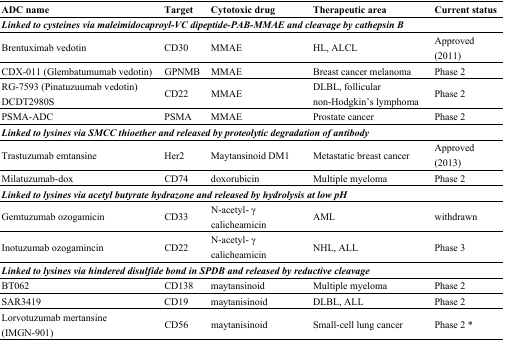
| ADC name | Target | Cytotoxic drug | Therapeutic area | Current status |
 | --- | --- | --- | --- | --- |
 | <COLSPAN=5> Linked to cysteines via maleimidocaproyl-VC dipeptide-PAB-MMAE and cleavage by cathepsin B |
 | Brentuximab vedotin | CD30 | MMAE | HL, ALCL | Approved (2011) |
 | CDX-011 (Glembatumumab vedotin) | GPNMB | MMAE | Breast cancer melanoma | Phase 2 |
 | RG-7593 (Pinatuzuumab vedotin) DCDT2980S | CD22 | MMAE | DLBL, follicular non-Hodgkin’s lymphoma | Phase 2 |
 | PSMA-ADC | PSMA | MMAE | Prostate cancer | Phase 2 |
 | <COLSPAN=5> Linked to lysines via SMCC thioether and released by proteolytic degradation of antibody |
 | Trastuzumab emtansine | Her2 | Maytansinoid DM1 | Metastatic breast cancer | Approved (2013) |
 | Milatuzumab-dox | CD74 | doxorubicin | Multiple myeloma | Phase 2 |
 | <COLSPAN=5> Linked to lysines via acetyl butyrate hydrazone and released by hydrolysis at low pH |
 | Gemtuzumab ozogamicin | CD33 | N-acetyl- γ calicheamicin | AML | withdrawn |
 | Inotuzumab ozogamincin | CD22 | N-acetyl- γ calicheamicin | NHL, ALL | Phase 3 |
 | <COLSPAN=5> Linked to lysines via hindered disulfide bond in SPDB and released by reductive cleavage |
 | BT062 | CD138 | maytansinoid | Multiple myeloma | Phase 2 |
 | SAR3419 | CD19 | maytanisinoid | DLBL, ALL | Phase 2 |
 | Lorvotuzumab mertansine (IMGN-901) | CD56 | maytanisinoid | Small-cell lung cancer | Phase 2 * |